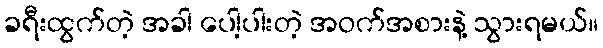
ခရီးထွက်တဲ့ အခါ ပေါ့ပါးတဲ့ အဝက်အစားနဲ့ သွားရမယ်။